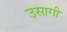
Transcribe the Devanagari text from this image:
उसागी